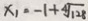
x _ { 1 } = - 1 + \sqrt [ 4 ] { 1 2 8 }